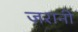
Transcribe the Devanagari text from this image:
ज़रानी